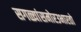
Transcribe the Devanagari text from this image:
सगळ्यांसमोरउभारतो